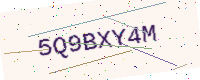
Text: 5Q9BXY4M